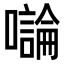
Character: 𡃝